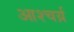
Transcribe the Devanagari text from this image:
आश्चर्य़